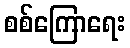
စစ်ကြောရေး